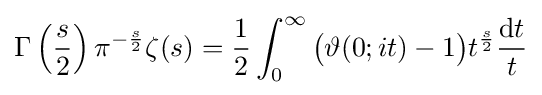
\Gamma \left({\frac {s}{2}}\right)\pi ^{-{\frac {s}{2}}}\zeta (s)={\frac {1}{2}}\int _{0}^{\infty }{\bigl (}\vartheta (0;it)-1{\bigr )}t^{\frac {s}{2}}{\frac {\mathrm {d} t}{t}}